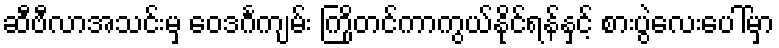
ဆီဗီလာအသင်းမှ ဝေဒင်္ဂကျမ်း ကြိုတင်ကာကွယ်နိုင်ရန်နှင့် စားပွဲလေးပေါ်မှာ